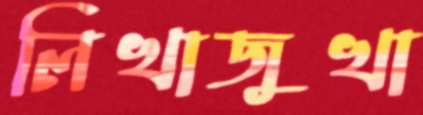
লিখাজুখা